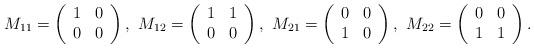
LaTeX: \begin{gather*}M_{11}=\left(\begin{array}{cc}1&0\\ 0&0\end{array}\right),\,\,M_{12}=\left(\begin{array}{cc}1&1\\ 0&0\end{array}\right),\,\,M_{21}=\left(\begin{array}{cc}0&0\\ 1&0\end{array}\right),\,\,M_{22}=\left(\begin{array}{cc}0&0\\ 1&1\end{array}\right).\end{gather*}